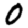
Digit: 0